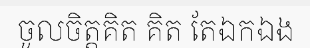
ចូលចិត្តគិត គិត តែឯកឯង